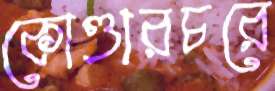
কোণ্ডারচরে